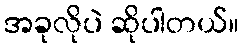
အခုလိုပဲ ဆိုပါတယ်။